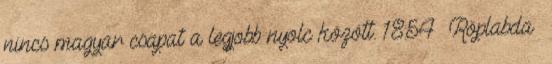
nincs magyar csapat a legjobb nyolc között. 18:54 Röplabda